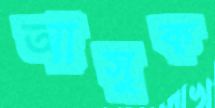
আসুক